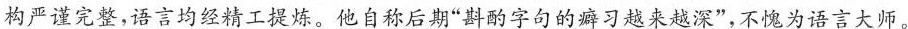
构严谨完整，语言均经精工提炼。他自称后期”斟酌字句的癖习越来越深”，不愧为语言大师。